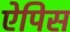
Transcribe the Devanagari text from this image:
ऐपिस